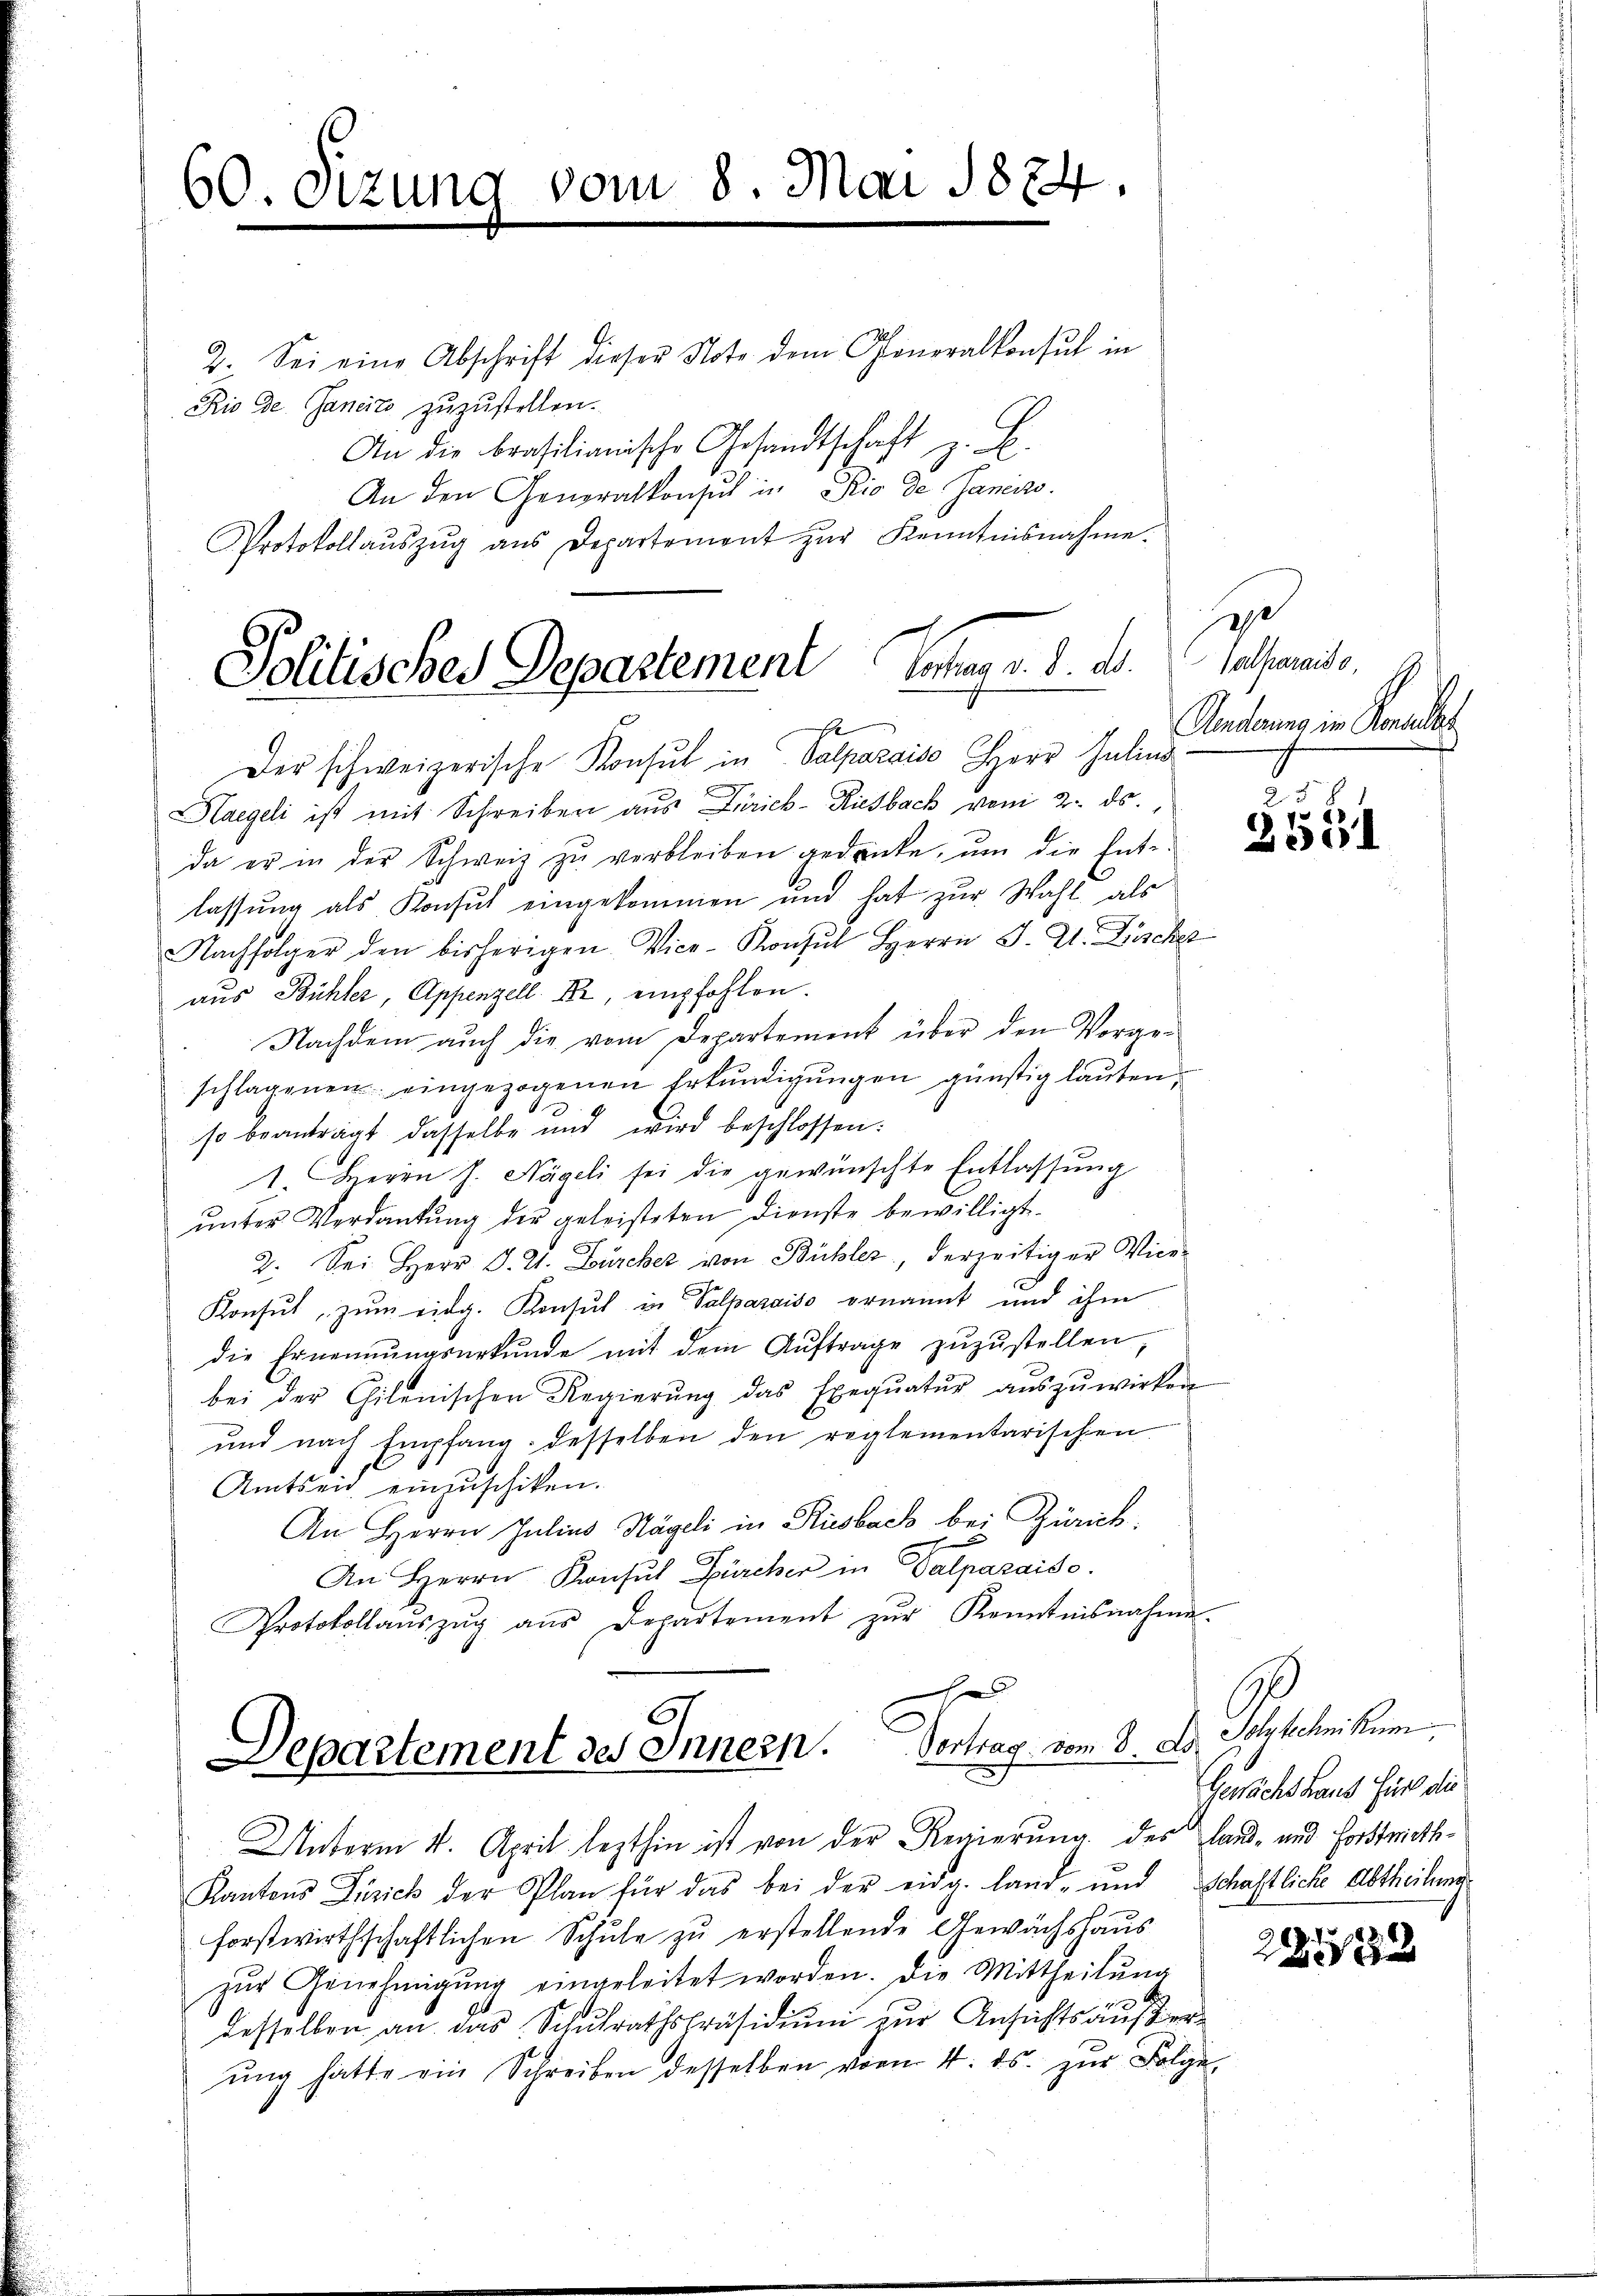
60. Sizung vom 8. Mai 1874.

2. Sei eine Abschrift dieser Note dem Generalkonsul in
Rio de. Janeite zuzustellen.
An die brasilianische Gesandtschaft z. B.
An den Generalkonsul in Rio de Sanciso.
Protokollaŭszŭg aŭs Departement zŭr Kenntnisnahme.

Politisches Departement Johan v. d. d.
Er

Der schweizerische Konsul in Salparaiso Herr Julius
Haegeli ist mit Schreiben aus Zürich-Riesback vom 2. ds.
da er in der Schweiz zŭ verbleiben gedanke, ŭm die Ent-
lassung als Konsul eingekommen und hat zur Wahl als
Nachfolger den bisherigen Vice-Konsul Herrn J. Zt. Bischer
aus Bühler, Appenzell Fr, empfohlen.
Nachdem auch die vom Departement über den Vorgeschlagenen eingezogenen Erkundigungen günstig lauten,
so beanträgt dasselbe und wird beschlossen:
1. Herrn J. Nägeli sei die gewünschte Entlassŭng
unter Verdankung der geleisteten Dienste bewilligt.
2. Sei Herr S. 21. Zürcher von Bühler, derzeitiger Vice-
Konsul zŭm eidg. Konsul in Palparaiso ernannt und ihm
die Ernennungsurkunde mit dem Aŭftrage zŭzŭstellen,
bei der Chilenischen Regierŭng das Exeqŭatŭr aŭszŭwirken
und nach Empfang desselben den reglementarischen
Amtseit einzuschiken.
An Herrn Julius Nägeli in Riesbach bei Zürich,
An Herrn Konsul Bürcher in Valparaiso
Protokollaŭszŭg aŭs Departement zŭr Kenntnisnahme.

h
Departement des Innern. Vertrag vom 8. A

t
alparais o
Kinderung im Reallat

Unterm 4. April lezthin ist von der Regierung des Land- und Forstmath¬
Kantons Zürich der Plan für das bei der eidg. land- und Schaftliche Abtheilung
forstwirthschaftlichen Schule zu erstellende Gewächshaus
zŭr Genehmigŭng eingeleitet worden. Die Mittheilŭng
desselben an das Schulrathspräsidium zur Ansichtsäußerŭng hätte ein Schreiben desselben vom 4. ds. zŭr Folge,

.
2551

Schytechnikum,
Gewächs Haus Für die

22212